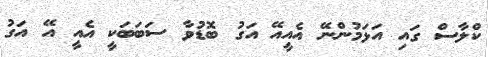
ކްލާސް ގައި އަޅަމުންނޭ އެއީއޭ އަގު ބޮޑުވާ ސަބަބަކީ އެއީ އޭ އަގު